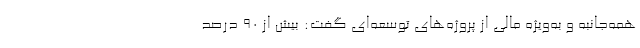
همه‌جانبه و به‌ویژه مالی از پروژه‌های توسعه‌ای گفت: بیش از ۹۰ درصد